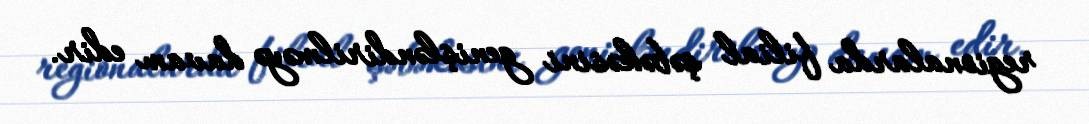
regionalarda filial şəbəkəsini genişləndirilməyə davam edir.